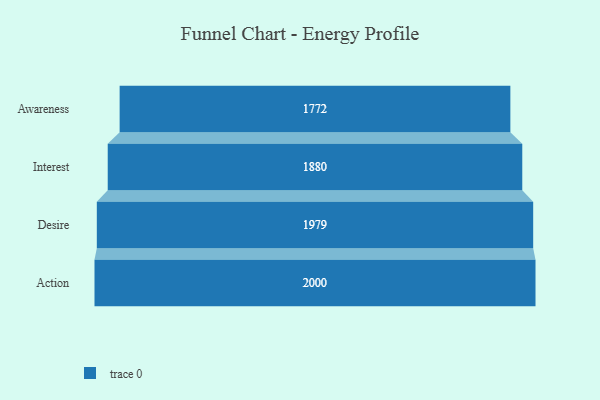
{"axis": {"x": "Stage", "y": "Value"}, "legend": [""], "data": [{"x": "Awareness", "y": 1772.0, "type": ""}, {"x": "Interest", "y": 1880.0, "type": ""}, {"x": "Desire", "y": 1979.0, "type": ""}, {"x": "Action", "y": 2000, "type": ""}]}